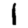
Digit: 1